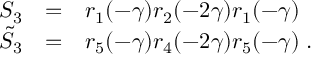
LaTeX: \begin{array} { r c l } { { S _ { 3 } } } & { { = } } & { { r _ { 1 } ( - \gamma ) r _ { 2 } ( - 2 \gamma ) r _ { 1 } ( - \gamma ) } } \\ { { \tilde { S } _ { 3 } } } & { { = } } & { { r _ { 5 } ( - \gamma ) r _ { 4 } ( - 2 \gamma ) r _ { 5 } ( - \gamma ) \; . } } \end{array}